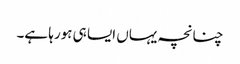
چنانچہ یہاں ایسا ہی ہورہا ہے۔